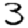
Digit: 3